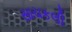
સાચકલી